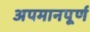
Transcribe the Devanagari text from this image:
अपमानपूर्ण